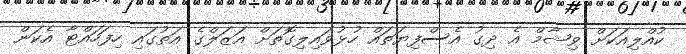
ކުއްލިއަކަށް ވިޝާމް އެ ދިގު އެސްފިޔަތައް ހުޅުވައިލިގޮތަށް އަޒަލްގެ އަތުގައި ހިފަހައްޓާ އެކަން